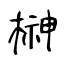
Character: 榊